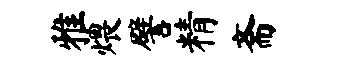
雅煨譬精斋